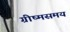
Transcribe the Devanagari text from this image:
ग्रीष्मसमय